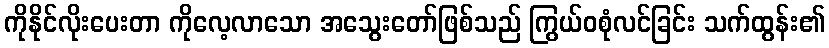
ကိုနိုင်လိုးပေးတာ ကိုလေ့လာသော အသွေးတော်ဖြစ်သည် ကြွယ်ဝစုံလင်ခြင်း သက်ထွန်း၏